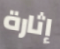
إثارة